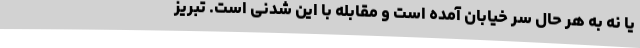
یا نه به هر حال سر خیابان آمده است و مقابله با این شدنی است. تبریز